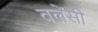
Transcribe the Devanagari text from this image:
वलेंसी